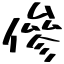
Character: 傪